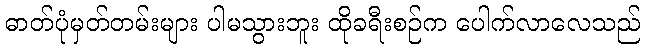
ဓာတ်ပုံမှတ်တမ်းများ ပါမသွားဘူး ထိုခရီးစဉ်က ပေါက်လာလေသည်